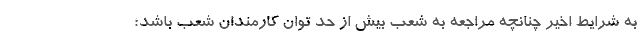
به شرایط اخیر چنانچه مراجعه به شعب بیش از حد توان کارمندان شعب باشد؛